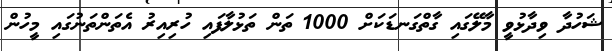
ޝަހުދާ ވިދާޅުވީ މާލޭގައި ގާތްގަނޑަކަށް 1000 ތަން ތަޅުލާފައި ހުރިއިރު އެތަންތަނުގައި މީހުން